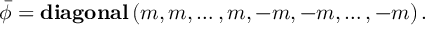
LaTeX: \bar { \phi } = \mathrm { \bf d i a g o n a l } \left( m , m , \ldots , m , - m , - m , \ldots , - m \right) .